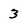
Character: 3